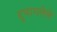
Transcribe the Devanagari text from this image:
दुभागलेले